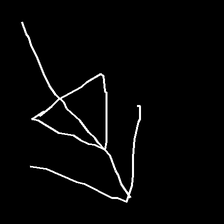
Glyph: pull